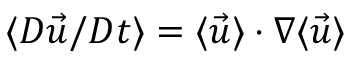
\langle { D \vec { u } } / { D t } \rangle = \langle \vec { u } \rangle \cdot \nabla \langle \vec { u } \rangle